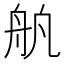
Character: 舧